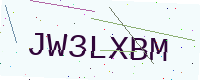
Text: JW3LXBM